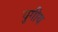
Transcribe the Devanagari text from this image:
युगीय